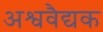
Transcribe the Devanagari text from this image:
अश्ववैद्यक